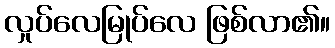
လှုပ်လေမြုပ်လေ ဖြစ်လာ၏။